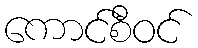
ကောင်စီဝင်